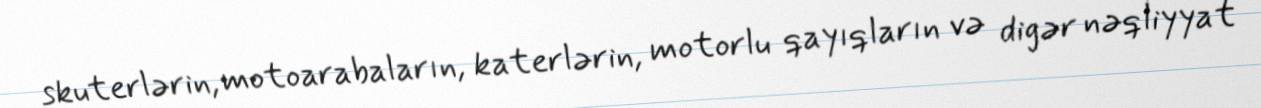
skuterlərin, motoarabaların, katerlərin, motorlu qayıqların və digər nəqliyyat